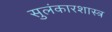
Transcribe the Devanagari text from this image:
सुलंकारशास्त्र